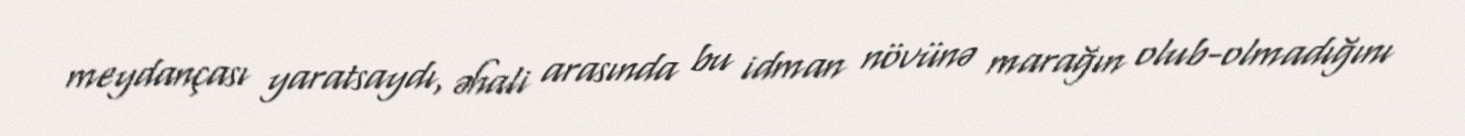
meydançası yaratsaydı, əhali arasında bu idman növünə marağın olub-olmadığını